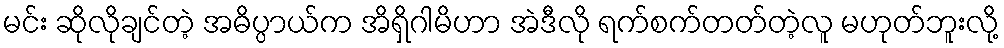
မင်း ဆိုလိုချင်တဲ့ အဓိပ္ပာယ်က အိရှိဂါမိဟာ အဲဒီလို ရက်စက်တတ်တဲ့လူ မဟုတ်ဘူးလို့